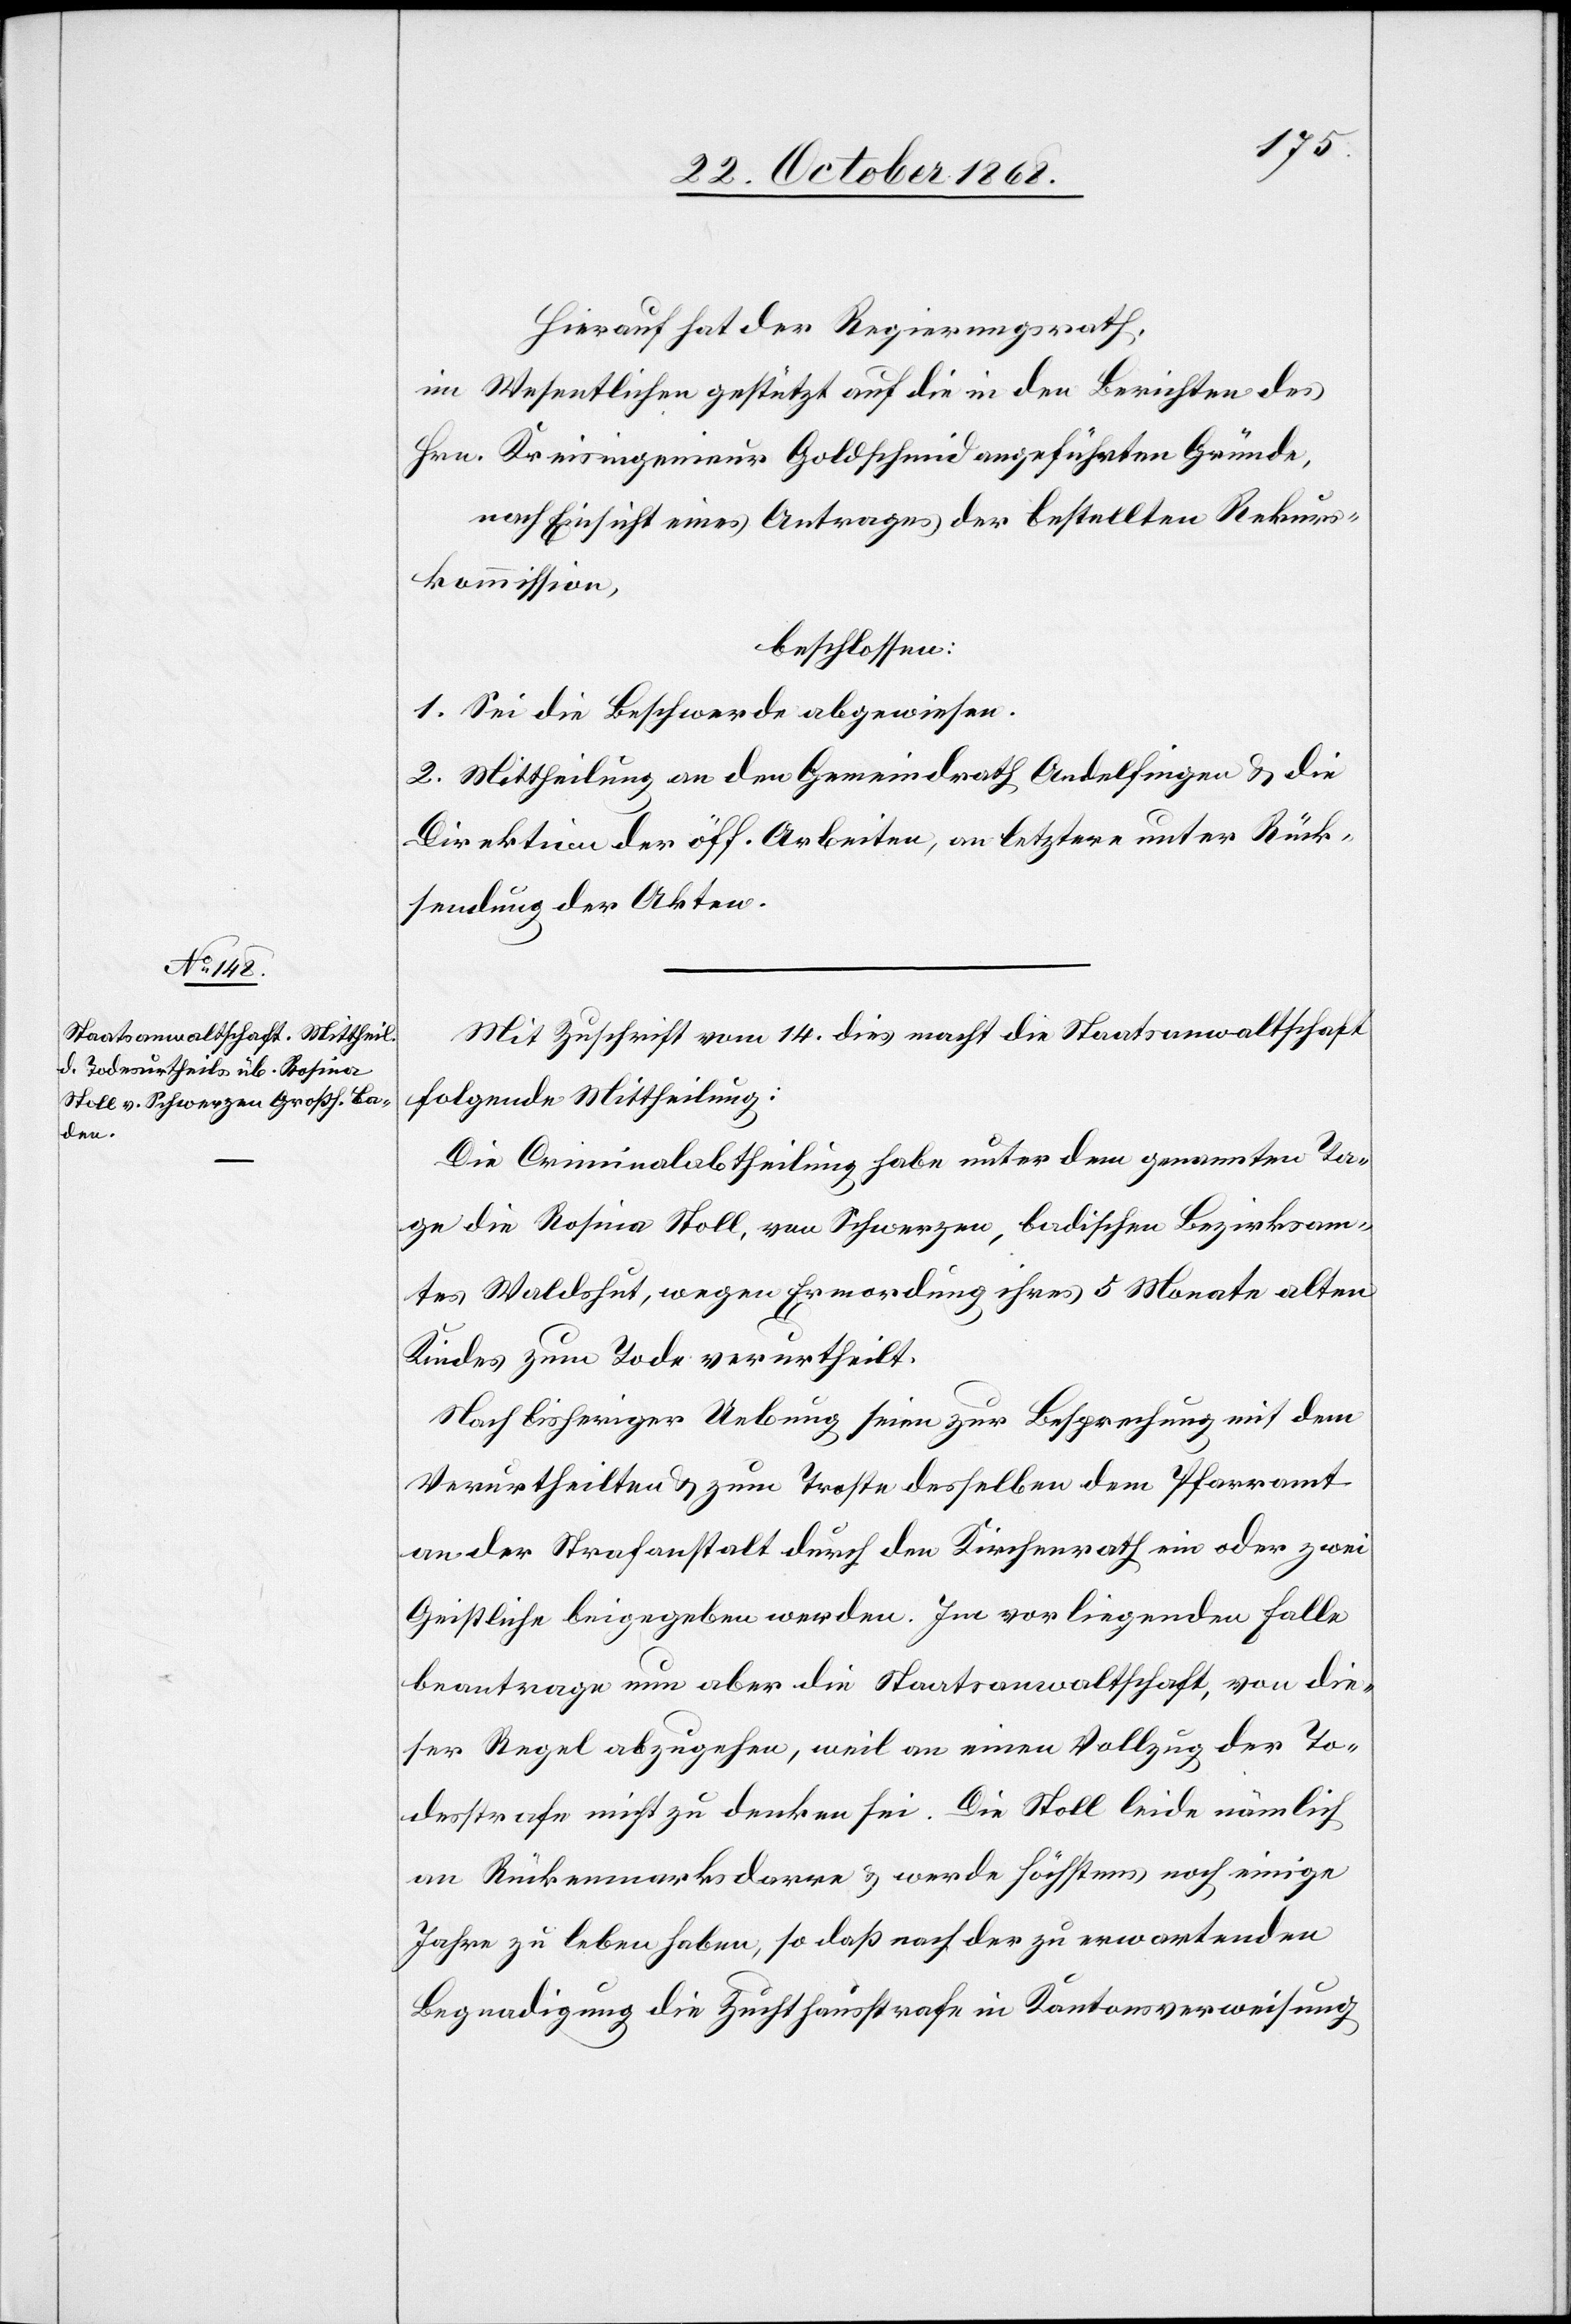
Mit Zuschrift vom 14. dies macht die Staatsanwaltschaft
folgende Mittheilung:
Die Criminalabtheilung habe unter dem genannten Ta¬
ge die Rosina Stoll, von Schwerzen, badischen Bezirksam¬
tes Waldshut, wegen Ermordung ihres 5 Monate alten
Kindes zum Tode verurtheilt.
Nach bisheriger Uebung seien zur Besprechung mit dem
Verurtheilten & zum Troste desselben dem Pfarramt
an der Strafanstalt durch den Kirchenrath ein oder zwei
Geistliche beigegeben werden [sic!]. Im vorliegenden Falle
beantrage nun aber die Staatsanwaltschaft, von die¬
ser Regel abzugehen, weil an einen Vollzug der To¬
desstrafe nicht zu denken sei. Die Stoll leide nämlich
an Rückenmarksdarre & werde höchstens noch einige
Jahre zu leben haben, so daß nach der zu erwartenden
Begnadigung die Zuchthausstrafe in Kantonsverweisung